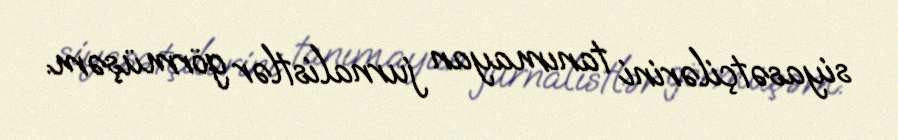
siyasətçilərini tanımayan jurnalistlər görmüşəm.